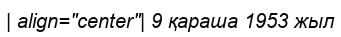
| align="center"| 9 қараша 1953 жыл